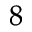
^ { 8 }